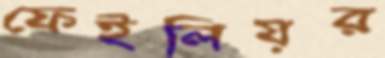
ফেইলিয়র